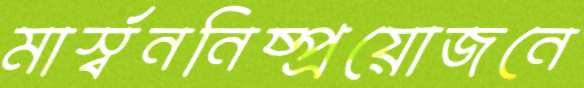
মার্স্বননিষ্প্রয়োজনে